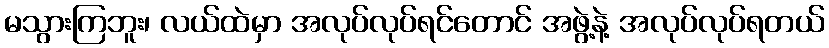
မသွားကြဘူး၊ လယ်ထဲမှာ အလုပ်လုပ်ရင်တောင် အဖွဲ့နဲ့ အလုပ်လုပ်ရတယ်